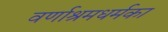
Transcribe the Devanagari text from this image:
वर्णाश्रमधर्मका